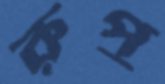
রুপু